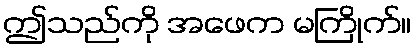
ဤသည်ကို အဖေက မကြိုက်။